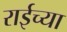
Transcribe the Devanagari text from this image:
राईच्या